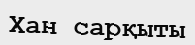
Хан сарқыты